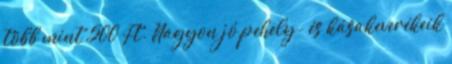
több mint 500 Ft. Nagyon jó pehely- és kásakeverékeik